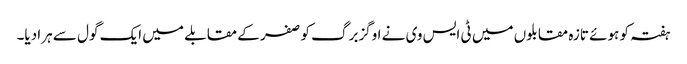
ہفتہ کو ہوئے تازہ مقابلوں میں ٹی ایس وی نے اوگزبرگ کو صفر کے مقابلے میں ایک گول سے ہرا دیا۔